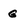
Character: G